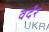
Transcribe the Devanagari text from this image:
वर्दर